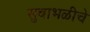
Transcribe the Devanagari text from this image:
सुबाभळीचे